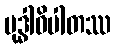
မုဒ္ဓါဓိပါတဿ